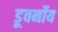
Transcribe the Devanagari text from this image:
डूवर्नोय